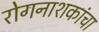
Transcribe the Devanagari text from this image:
रोगनाशकांचा